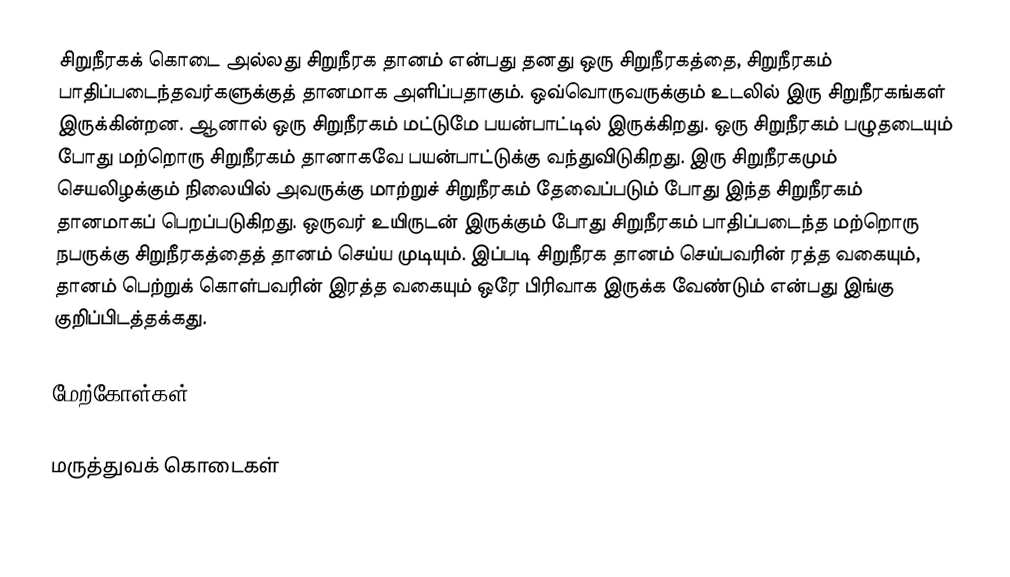
சிறுநீரகக் கொடை அல்லது சிறுநீரக தானம் என்பது தனது ஒரு சிறுநீரகத்தை, சிறுநீரகம் பாதிப்படைந்தவர்களுக்குத் தானமாக அளிப்பதாகும். ஒவ்வொருவருக்கும் உடலில் இரு சிறுநீரகங்கள் இருக்கின்றன. ஆனால் ஒரு சிறுநீரகம் மட்டுமே பயன்பாட்டில் இருக்கிறது. ஒரு சிறுநீரகம் பழுதடையும் போது மற்றொரு சிறுநீரகம் தானாகவே பயன்பாட்டுக்கு வந்துவிடுகிறது. இரு சிறுநீரகமும் செயலிழக்கும் நிலையில் அவருக்கு மாற்றுச் சிறுநீரகம் தேவைப்படும் போது இந்த சிறுநீரகம் தானமாகப் பெறப்படுகிறது. ஒருவர் உயிருடன் இருக்கும் போது சிறுநீரகம் பாதிப்படைந்த மற்றொரு நபருக்கு சிறுநீரகத்தைத் தானம் செய்ய முடியும். இப்படி சிறுநீரக தானம் செய்பவரின் ரத்த வகையும், தானம் பெற்றுக் கொள்பவரின் இரத்த வகையும் ஒரே பிரிவாக இருக்க வேண்டும் என்பது இங்கு குறிப்பிடத்தக்கது.

மேற்கோள்கள்

மருத்துவக் கொடைகள்